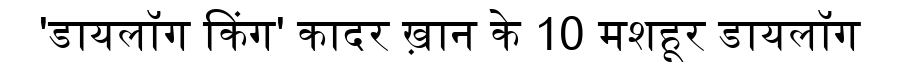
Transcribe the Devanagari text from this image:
'डायलॉग किंग' कादर ख़ान के 10 मशहूर डायलॉग